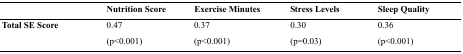
|  | Nutrition Score | Exercise Minutes | Stress Levels | Sleep Quality |
 | --- | --- | --- | --- | --- |
 | Total SE Score | 0.47 (p<0.001) | 0.37 (p<0.001) | 0.30 (p=0.03) | 0.36 (p<0.001) |